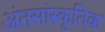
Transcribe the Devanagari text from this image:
अंतसांस्कृतिक